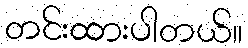
တင်းထားပါတယ်။